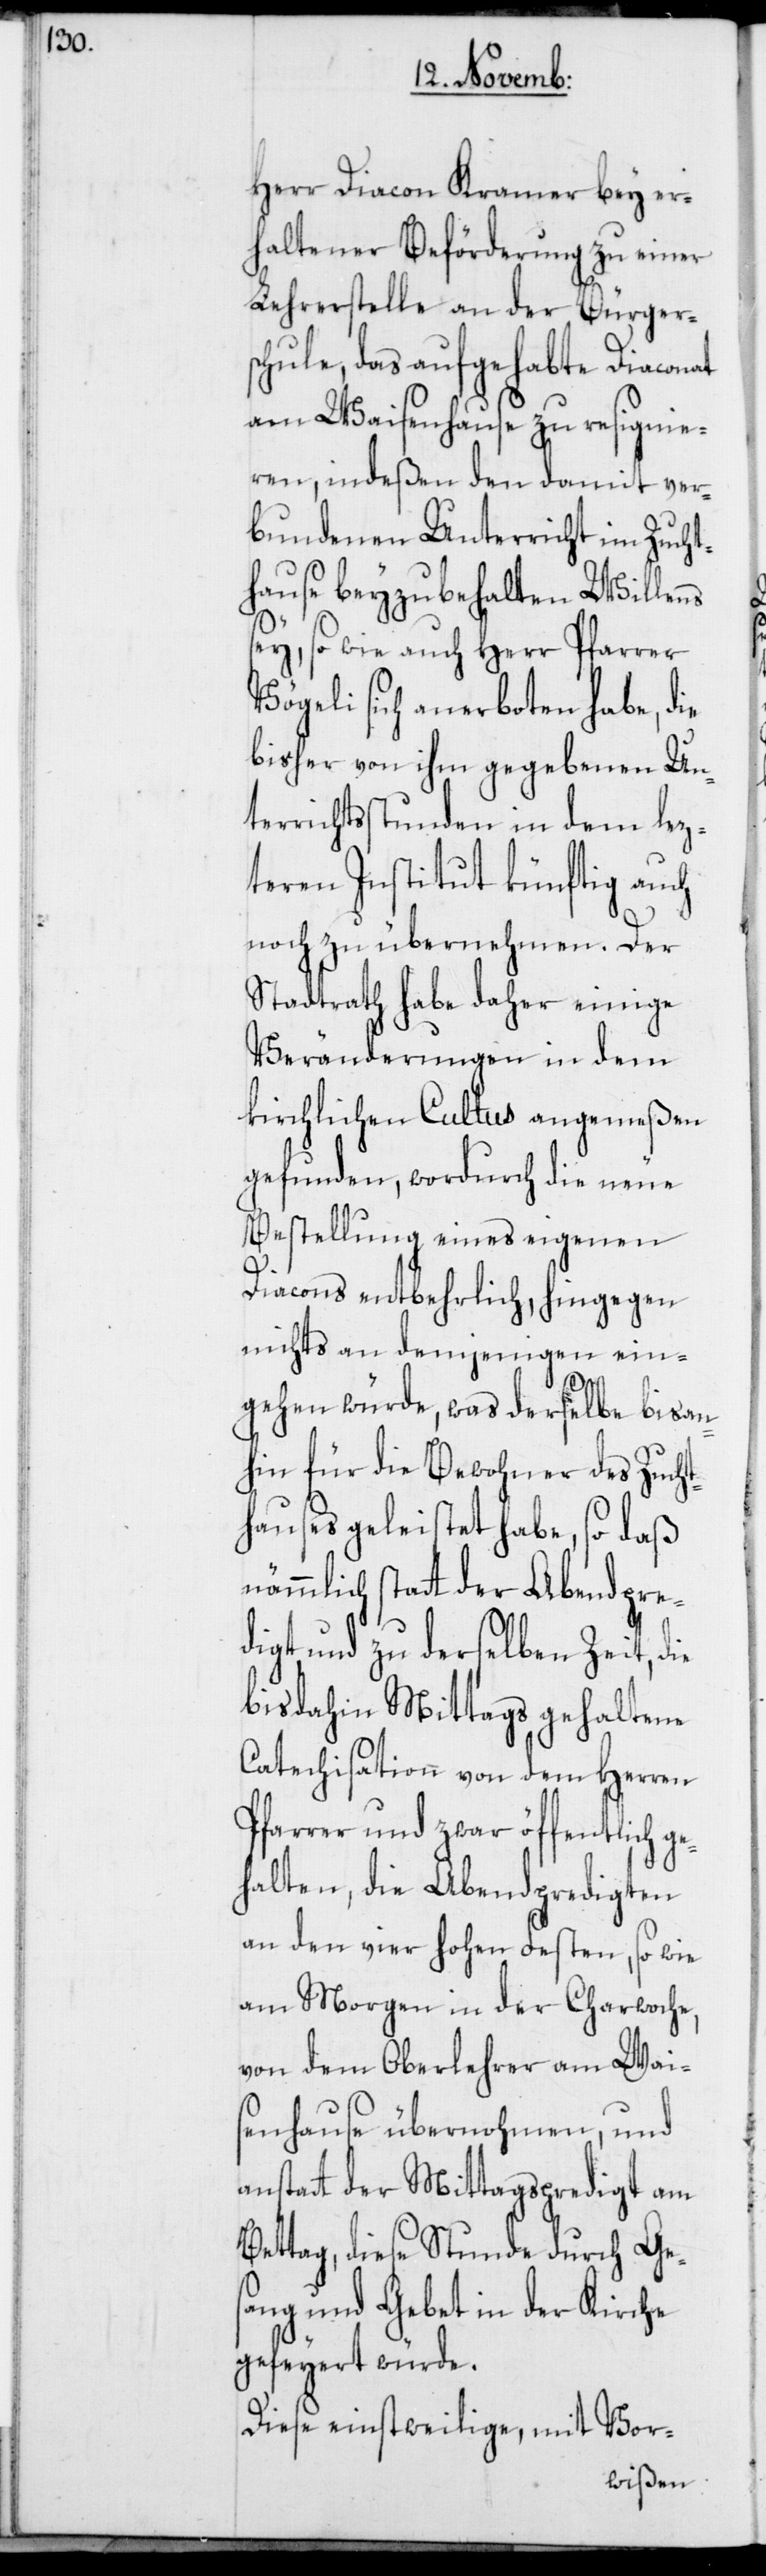
Herr Diacon Kramer bey er¬
haltener Beförderung zu einer
Lehrerstelle an der Bürger¬
schule, das aufgehabte Diaconat
am Waisenhause zu resignie¬
ren, indeßen den damit ver¬
bundenen Unterricht im Zucht¬
hause beyzubehalten Willens
sey, so wie auch Herr Pfarrer
Vögeli sich anerboten habe, die
bisher von ihm gegebenen Un¬
terrichtsstunden in dem lez¬
teren Institut künftig auch
noch zu übernehmen. Der
Stadtrath habe daher einige
Veränderungen in dem
kirchlichen Cultus angemeßen
gefunden, wordurch die neue
Bestellung eines eigenen
Diacons entbehrlich, hingegen
nichts an demjenigen ein¬
gehen würde, was derselbe bisan¬
hin für die Bewohner des Zucht¬
hauses geleistet habe, so daß
nämmlich statt der Abendpre¬
digt und zu derselben Zeit, die
bisdahin Mittags gehaltene
Catechisation von dem Herren
Pfarrer und zwar öffentlich ge¬
halten, die Abendpredigten
an den vier hohen Festen, so wie
am Morgen in der Charwoche,
von dem Oberlehrer am Wai¬
senhause übernohmen, und
anstatt der Mittagspredigt am
Bettag, diese Stunde durch Ge¬
sang und Gebet in der Kirche
gefeyert würde.
Diese einstweilige, mit Vor-